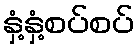
နှံ့နှံ့စပ်စပ်